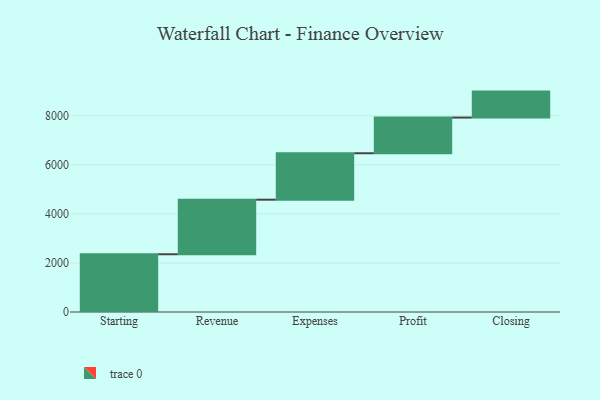
{"axis": {"x": "Step", "y": "Value"}, "legend": [""], "data": [{"x": "Starting", "y": 2354.0, "type": ""}, {"x": "Revenue", "y": 2224.0, "type": ""}, {"x": "Expenses", "y": 1893.0, "type": ""}, {"x": "Profit", "y": 1455.0, "type": ""}, {"x": "Closing", "y": 1058.0, "type": ""}]}